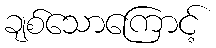
ချစ်သောကြောင့်